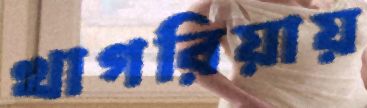
খাগরিয়ায়